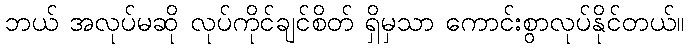
ဘယ် အလုပ်မဆို လုပ်ကိုင်ချင်စိတ် ရှိမှသာ ကောင်းစွာလုပ်နိုင်တယ်။